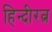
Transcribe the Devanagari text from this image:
हिन्दीरत्न